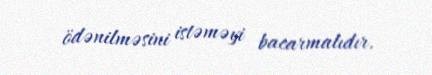
ödənilməsini istəməyi bacarmalıdır.